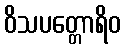
ဝိသပတ္တောရိဝ